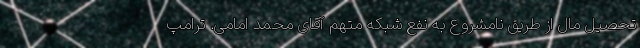
تحصیل مال از طریق نامشروع به نفع شبکه متهم آقای محمد امامی. ترامپ